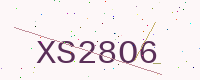
Text: XS28O6